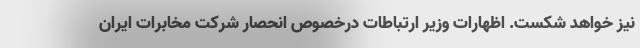
نیز خواهد شکست. اظهارات وزیر ارتباطات درخصوص انحصار شرکت مخابرات ایران